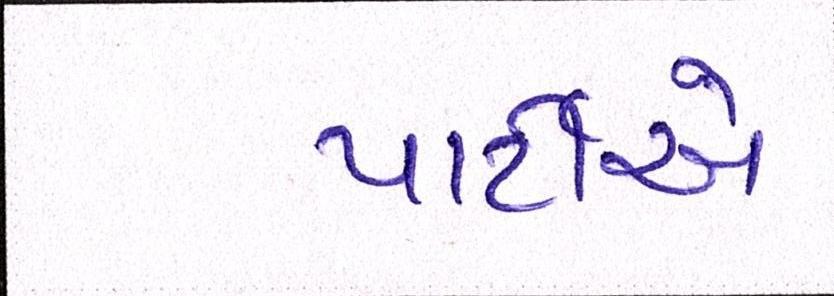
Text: પાર્ટીએ